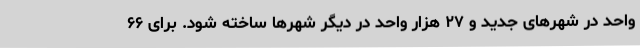
واحد در شهرهای جدید و ۲۷ هزار واحد در دیگر شهرها ساخته شود. برای ۶۶